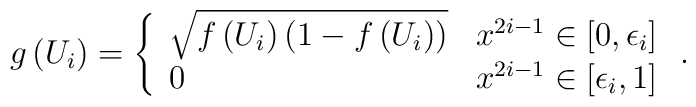
g\left( U_{i}\right) =\left\{ \begin{array}{ll}\sqrt{f\left( U_{i}\right) \left( 1-f\left( U_{i}\right) \right) } & x^{2i-1}\in \left[ 0,\epsilon _{i}\right]  \\ 0 & x^{2i-1}\in \left[ \epsilon _{i},1\right] \end{array}\right. .